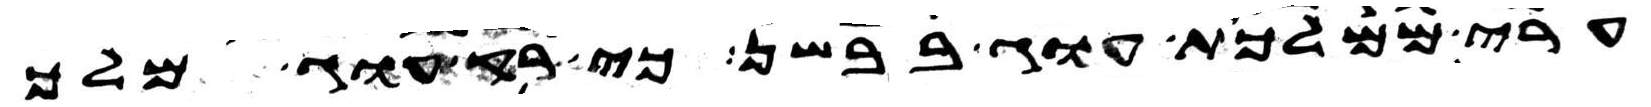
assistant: ערי ממלכת עוג בבשן כי רק עוג מלך